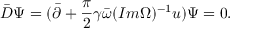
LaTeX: \bar { D } \Psi = ( \bar { \partial } + { \frac { \pi } { 2 } } \gamma \bar { \omega } ( I m \Omega ) ^ { - 1 } u ) \Psi = 0 .